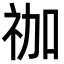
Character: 𮁬